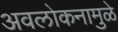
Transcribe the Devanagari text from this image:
अवलोकनामुळे